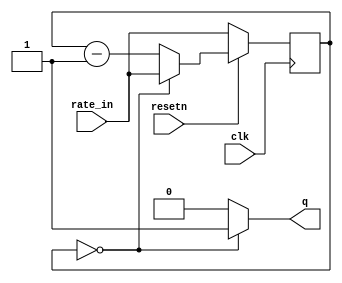
module rate_divider(clk, resetn, rate_in, q);
    input clk, resetn;
    input [27:0] rate_in;
    output q;

    reg [27:0] rate;
    always @(posedge clk) begin
        if (!resetn)
            rate <= rate_in;
        else begin
            if (rate == 28'd0)
                rate <= rate_in;
            else
                rate <= rate - 1'd1;
        end
    end

    assign q = (rate == 28'd0) ? 1'd1 : 1'd0;

endmodule // rate_divider